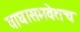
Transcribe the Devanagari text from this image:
वाघासमवेतच